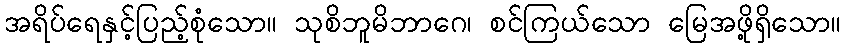
အရိပ်ရေနှင့်ပြည့်စုံသော။ သုစိဘူမိဘာဂေ၊ စင်ကြယ်သော မြေအဖို့ရှိသော။